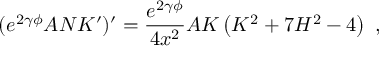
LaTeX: ( e ^ { 2 \gamma \phi } A N K ^ { \prime } ) ^ { \prime } = \frac { e ^ { 2 \gamma \phi } } { 4 x ^ { 2 } } A K \left( K ^ { 2 } + 7 H ^ { 2 } - 4 \right) \ ,